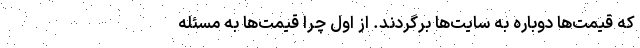
که قیمت‌ها دوباره به سایت‌ها برگردند. از اول چرا قیمت‌ها به مسئله